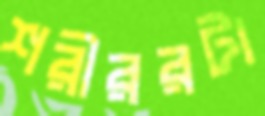
শরীররটা